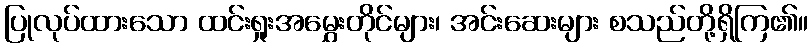
ပြုလုပ်ထားသော ထင်းရှုးအမွှေးတိုင်များ၊ အင်းဆေးများ စသည်တို့ရှိကြ၏။